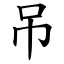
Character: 吊